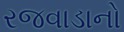
રજવાડાનો